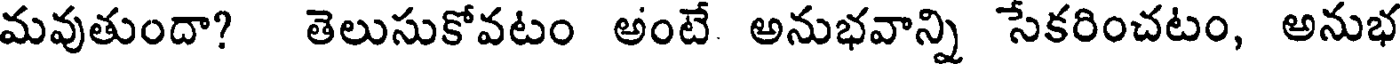
మవుతుందా? తెలుసుకోవటం అంటే అనుభవాన్ని సేకరించటం, అనుభ